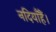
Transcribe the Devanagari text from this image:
नदियाँहैं।